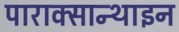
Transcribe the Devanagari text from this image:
पाराक्सान्थाइन